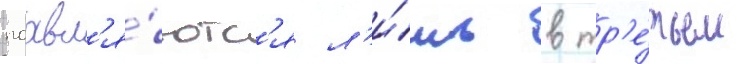
поавл'я́ютс'я л'и́шь в тр'е́тьем